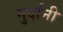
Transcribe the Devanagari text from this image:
मुर्दानी